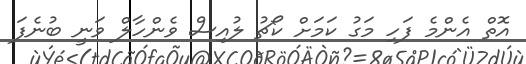
އޮތް އެންމެ ފަހި މަގު ކަމަށް ކޯޗު ލުއިސް ވެންހާލް ވަނީ ބުނެފަ